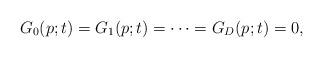
LaTeX: \begin{align*} G_0(p;t) = G_1(p;t) = \cdots = G_D(p;t) = 0 ,\end{align*}